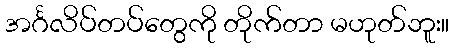
အင်္ဂလိပ်တပ်တွေကို တိုက်တာ မဟုတ်ဘူး။